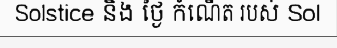
Solstice និង ថ្ងៃ កំណើត របស់ Sol